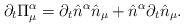
LaTeX: \begin{align*} \partial_{t} \Pi_{\mu}^{\alpha}=\partial_{t}\hat n^{\alpha}\hat n_{\mu}+\hat n^{\alpha}\partial_{t}\hat n_{\mu} . \end{align*}